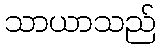
သာယာသည်